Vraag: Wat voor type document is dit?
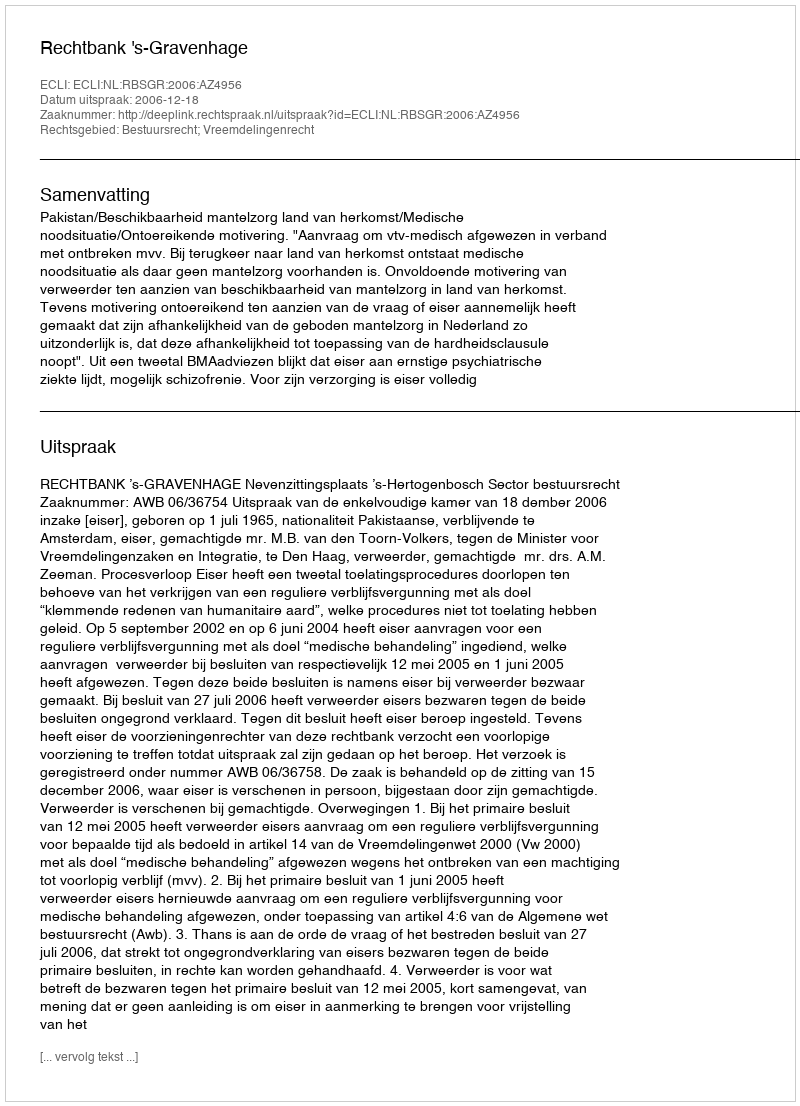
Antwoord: Uitspraak